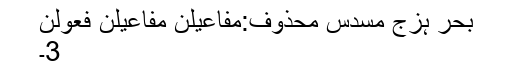
بحرِ ہزج مسدس محذوف:مفاعیلن مفاعیلن فعولن
3۔